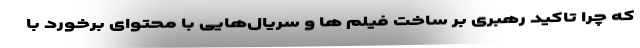
که چرا تاکید رهبری بر ساخت فیلم ها و سریال‌هایی با محتوای برخورد با